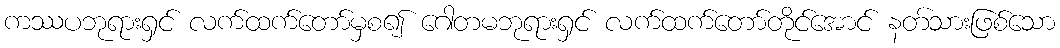
ကဿပဘုရားရှင် လက်ထက်တော်မှစ၍ ဂေါတမဘုရားရှင် လက်ထက်တော်တိုင်အောင် နတ်သားဖြစ်သော